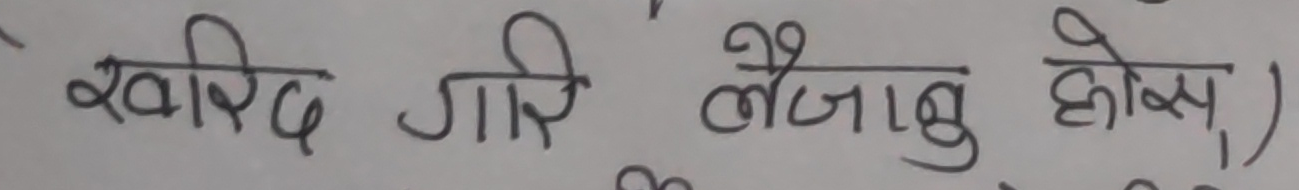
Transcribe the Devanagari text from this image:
खरिद गरि लैजाबु होस,)